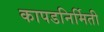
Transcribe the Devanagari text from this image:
कापडनिर्मिती